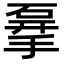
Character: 𥓨